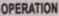
OPERATION